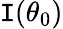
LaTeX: \mathtt{I}(\theta_{0})